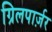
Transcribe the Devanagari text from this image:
ग्रिलपार्ज़र